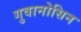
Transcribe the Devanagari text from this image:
गुवानोसिन